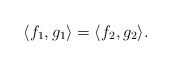
\begin{align*}\langle f_1,g_1\rangle=\langle f_2,g_2\rangle.\end{align*}